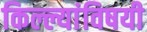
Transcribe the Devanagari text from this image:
किल्ल्यांविषयी